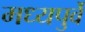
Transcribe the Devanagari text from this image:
मध्यपुर्वे